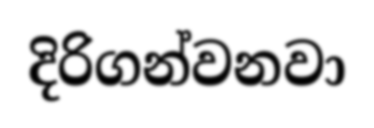
දිරිගන්වනවා